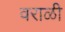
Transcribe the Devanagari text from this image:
वराळी